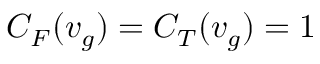
C _ { F } ( v _ { g } ) = C _ { T } ( v _ { g } ) = 1